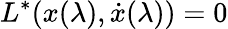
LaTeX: L^{*}(x(\lambda),{\dot{x}}(\lambda))=0